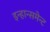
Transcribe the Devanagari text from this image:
इन्हान्समेन्ट